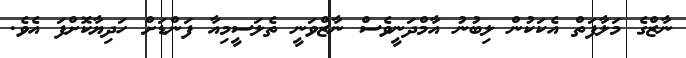
ނާޒްގެ މަލާފަތް އެކަކުން ލިބުނު އާމްދަނީވެސް ނާޒްވަނީ ތެލަސީމިއާ ފަންޑަށް ހަދިޔާކޮށްފަ އެވެ.